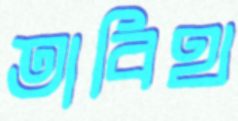
তাবিথ